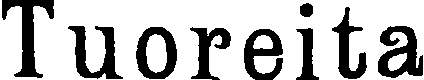
Tuoreita